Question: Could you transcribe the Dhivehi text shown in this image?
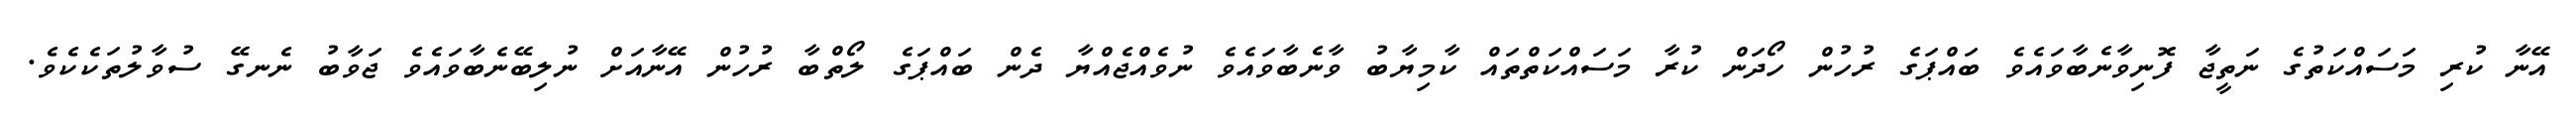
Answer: އޭނާ ކުރި މަސައްކަތުގެ ނަތީޖާ ފޮނިވާނެބާވައެވެ ބައްޕަގެ ރުހުން ހޯދަން ކުރާ މަސައްކަތްތައް ކާމިޔާބު ވާނެބާވައެވެ ނުވެއްޖެއްޔާ ދެން ބައްޕަގެ ލޯތްބާ ރުހުން އޭނާއަށް ނުލިބޭނެބާވައެވެ ޖަވާބު ނެނގޭ ސުވާލުތަކެކެވެ.